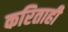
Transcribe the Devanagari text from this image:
करिताही